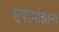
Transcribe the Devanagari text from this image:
सुपरमांझाना